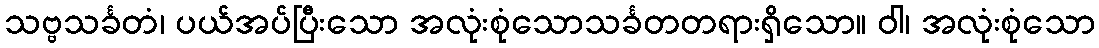
သဗ္ဗသင်္ခတံ၊ ပယ်အပ်ပြီးသော အလုံးစုံသောသင်္ခတတရားရှိသော။ ဝါ၊ အလုံးစုံသော